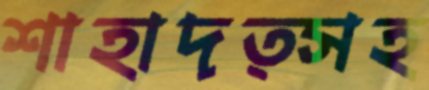
শাহাদত্সহ